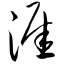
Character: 涯